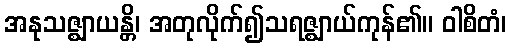
အနုသဇ္ဈာယန္တိ၊ အတုလိုက်၍သရဇ္ဈာယ်ကုန်၏။ ဝါစိတံ၊